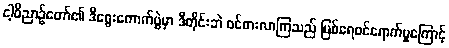
ငါ့ဝိညာဉ်တော်၏ ဒီရွေးကောက်ပွဲမှာ ဒီတိုင်းဘဲ ဝင်စားလာကြသည် မြစ်ရေဝင်ရောက်မှုကြောင့်